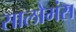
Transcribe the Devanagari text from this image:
सालोमंस